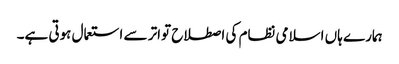
ہمارے ہاں اسلامی نظام کی اصطلاح تواتر سے استعمال ہوتی ہے۔